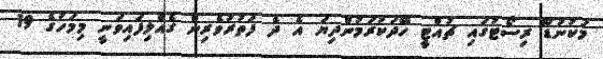
މަކުނުޑޫ ރިސޯޓުގައި ޗުއްޓީ ހޭދަކުރަމުންދިޔަ އެ ދެ ފަތުރުވެރިން ގެއްލިފައިވަނީ މިމަހުގެ 19